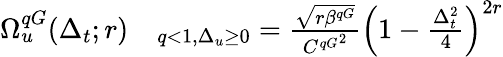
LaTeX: \begin{array}{rl}{\Omega_{u}^{qG}(\Delta_{t};r)}&{{}_{q<1,\Delta_{u}\ge 0}=\frac{\sqrt{r\beta^{qG}}}{{C^{qG}}^{2}}\left(1-\frac{\Delta_{t}^{2}}{4}\right)^{2r}}\end{array}